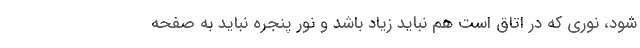
شود، نوری که در اتاق است هم نباید زیاد باشد و نور پنجره نباید به صفحه